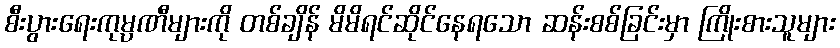
စီးပွားရေးကုမ္ပဏီများကို တစ်ချိန် မိမိရင်ဆိုင်နေရသော ဆန်းစစ်ခြင်းမှာ ကြိုးစားသူများ